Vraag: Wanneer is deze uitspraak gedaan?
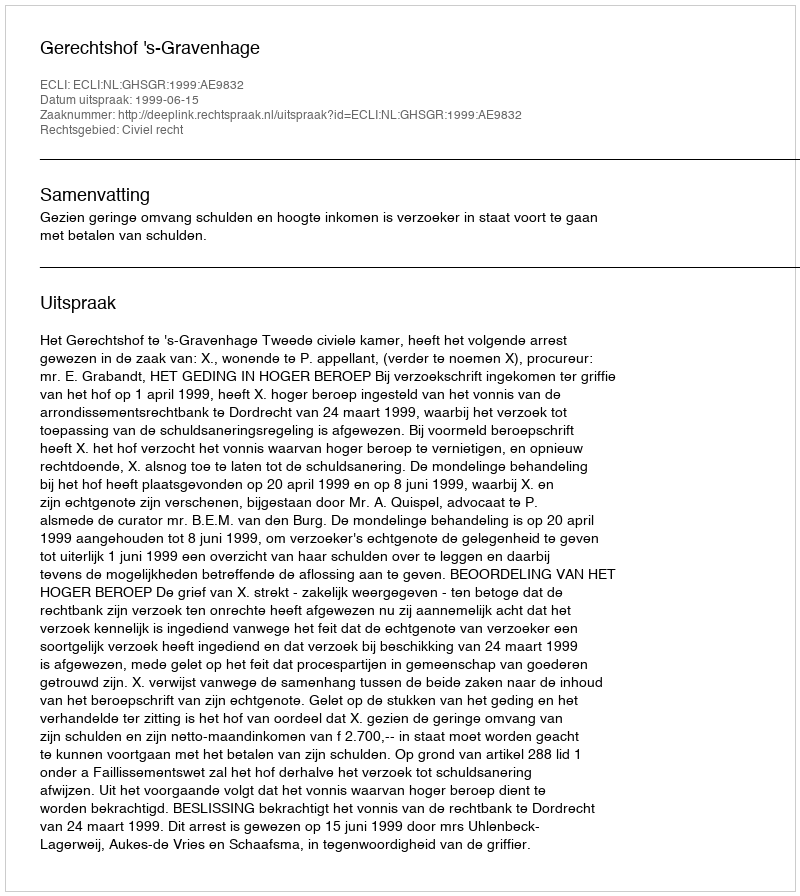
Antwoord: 1999-06-15